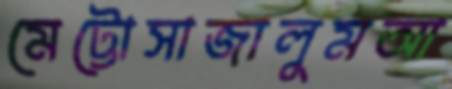
মেট্টোসাজালুমআ